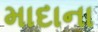
માદાના